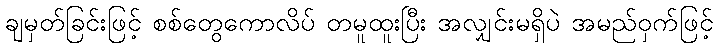
ချမှတ်ခြင်းဖြင့် စစ်တွေကောလိပ် တမူထူးပြီး အလျှင်းမရှိပဲ အမည်ဝှက်ဖြင့်